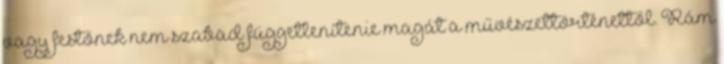
vagy festőnek nem szabad függetlenítenie magát a művészettörténettől. Rám